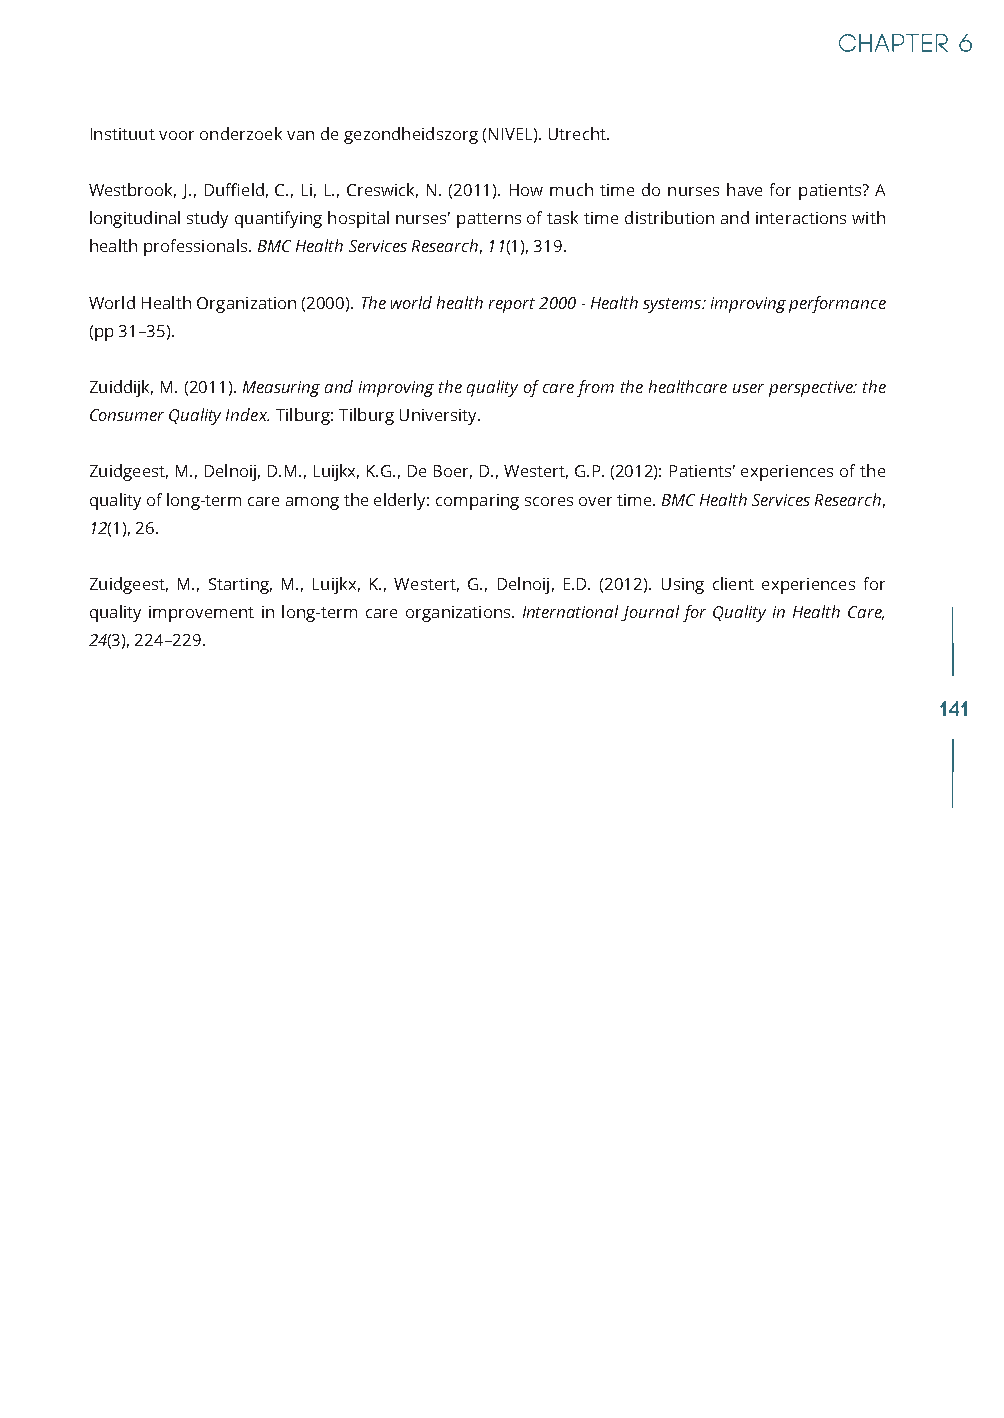
Instituut voor onderzoek van de gezondheidszorg (NIVEL). Utrecht.
 Westbrook, J., Duffield, C., Li, L., Creswick, N. (2011). How much time do nurses have for patients? A
 longitudinal study quantifying hospital nurses' patterns of task time distribution and interactions with
 health professionals. BMC Health Services Research, 11(1), 319.
 World Health Organization (2000). The world health report 2000 - Health systems: improving performance
 (pp 31–35).
 Zuiddijk, M. (2011). Measuring and improving the quality of care from the healthcare user perspective: the
 Consumer Quality Index. Tilburg: Tilburg University.
 Zuidgeest, M., Delnoij, D.M., Luijkx, K.G., De Boer, D., Westert, G.P. (2012): Patients' experiences of the
 quality of long-term care among the elderly: comparing scores over time. BMC Health Services Research,
 12(1), 26.
 Zuidgeest, M., Starting, M., Luijkx, K., Westert, G., Delnoij, E.D. (2012). Using client experiences for
 quality improvement in long-term care organizations. International Journal for Quality in Health Care,
 24(3), 224–229.
 141